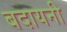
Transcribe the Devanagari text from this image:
बदायनी